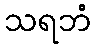
သရဘံ